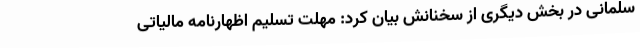
سلمانی در بخش دیگری از سخنانش بیان کرد: مهلت تسلیم اظهارنامه مالیاتی